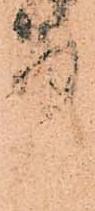
中